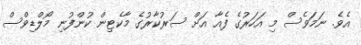
އެވެ. ނަމަވެސް މި އަހަރުގެ ފެއާ އަށް ސަރުކާރުގެ މާކެޓިން ކުންފުނި މޯލްޑިވްސް